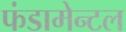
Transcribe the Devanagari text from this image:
फंडामेन्टल